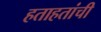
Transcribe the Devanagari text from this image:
हताहतांची